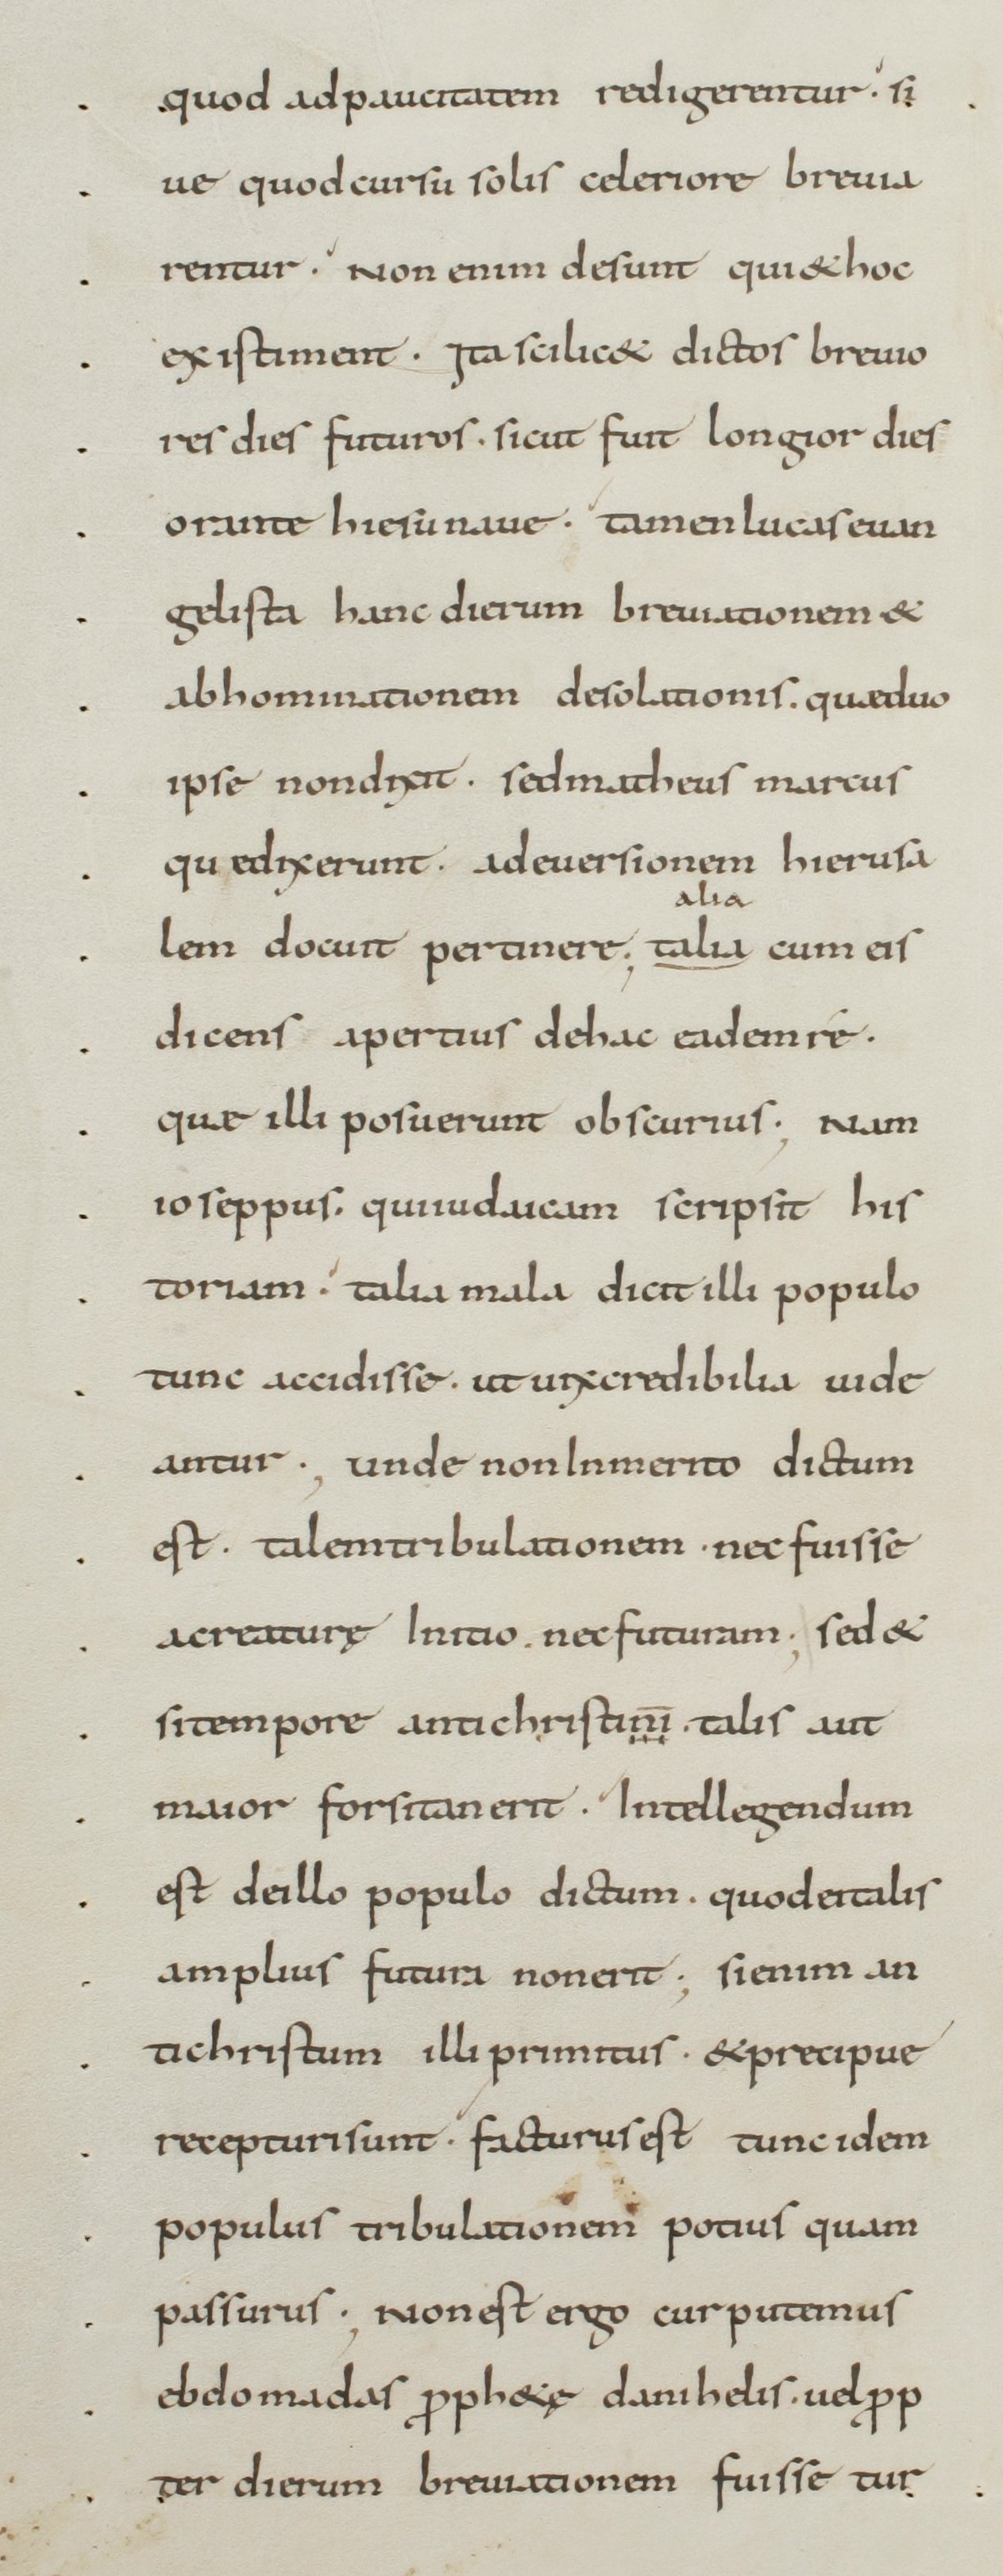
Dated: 800–899